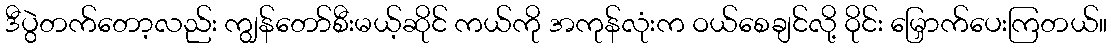
ဒီပွဲတက်တော့လည်း ကျွန်တော်စီးမယ့်ဆိုင် ကယ်ကို အကုန်လုံးက ဝယ်စေချင်လို့ ဝိုင်း မြှောက်ပေးကြတယ်။